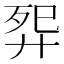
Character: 𬆕